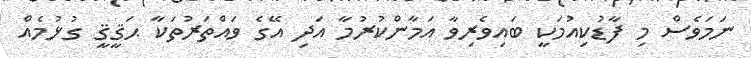
ނަމަވެސް މި ފާޑުކިއުމަކީ ބައިވެރިވާ އަމާންކުރުމާ އަދި އޭގެ ވައްތަރުތަކާ ޙަޤީޤީ ގުޅުމެއް